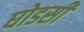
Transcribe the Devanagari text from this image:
घोडसी